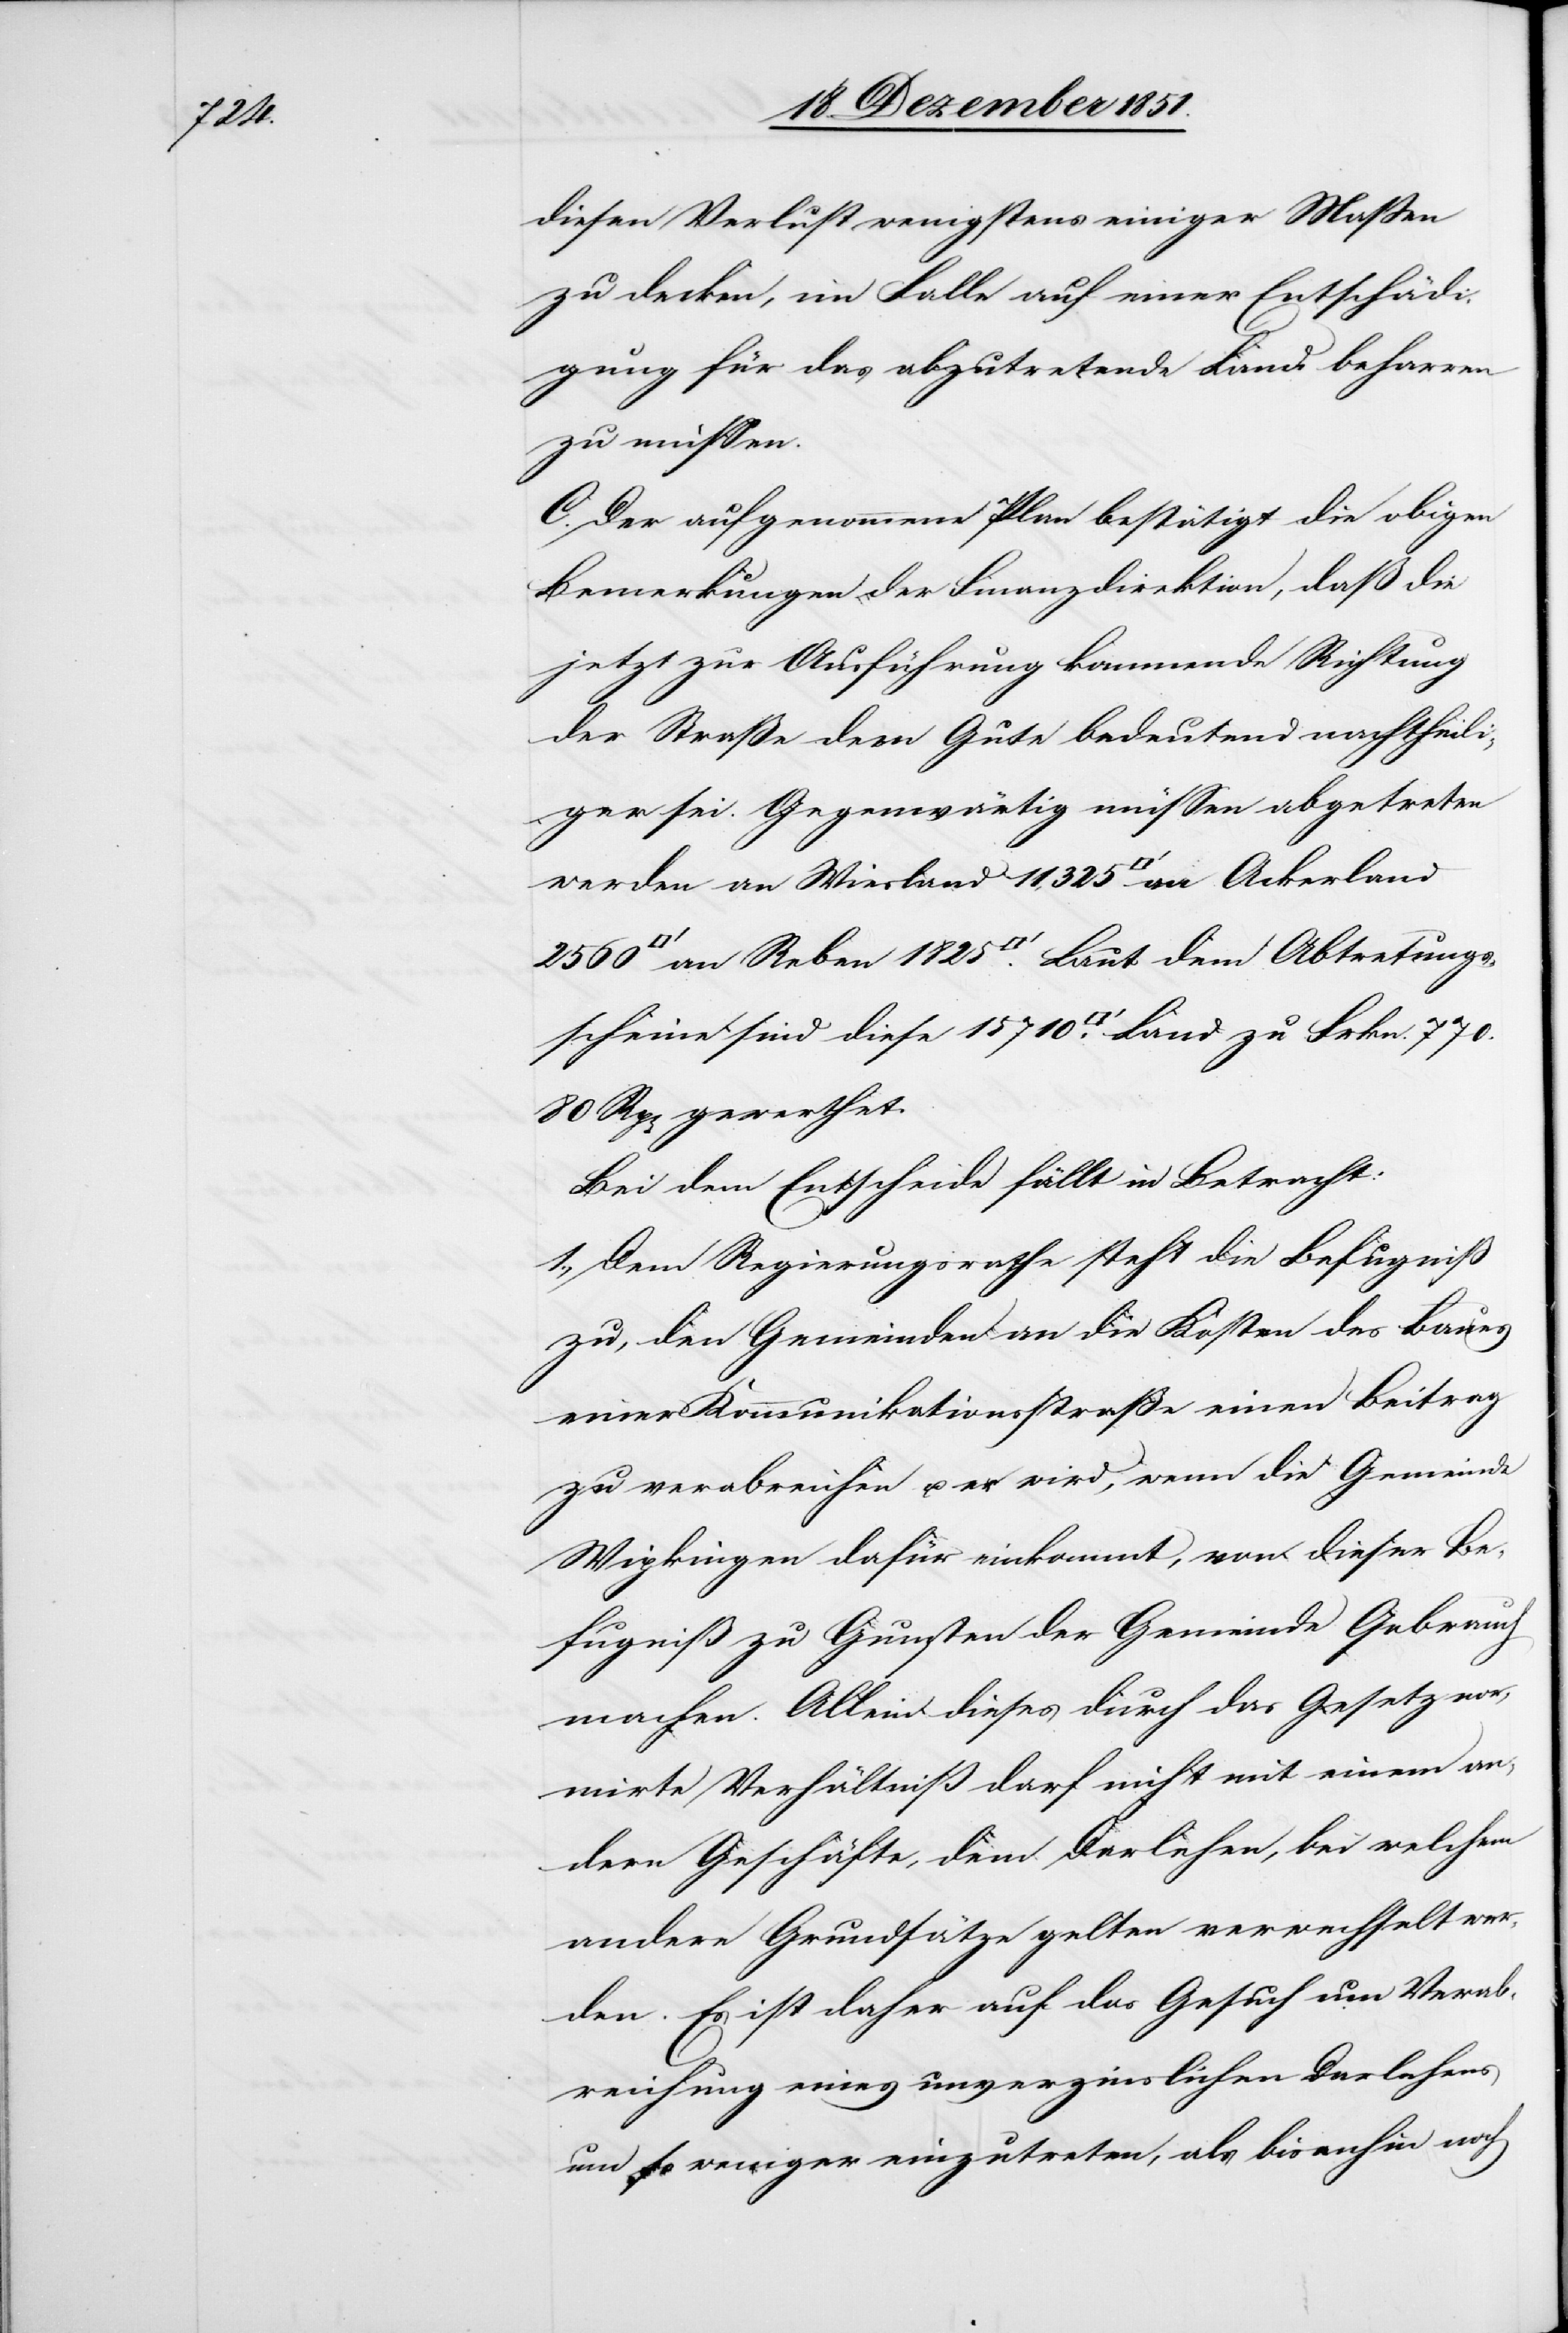
710.

diesen Verlust wenigstens einiger Maßen
zu decken, im Falle auf einer Entschädi¬
gung für das abzutretende Land beharren
zu müssen.
C. Der aufgenommene Plan bestätigt die obigen
Bemerkungen der Finanzdirektion, daß die
jetzt zur Ausführung kommende Richtung
der Straße dem Gute bedeutend nachtheili¬
ger sei. Gegenwärtig müssen abgetreten
werden an Wiesland 11,325 [Quadratfuß][,]
80 Rp[en] gewerthet.
Bei dem Entscheide fällt in Betracht:
1., Dem Regierungsrathe steht die Befugniß
zu, den Gemeinden an die Kosten des Baues
einer Kommunikationsstraße einen Beitrag
zu verabreichen u. er wird, wenn die Gemeinde
Wipkingen dafür einkommt, von dieser Be¬
fugniß zu Gunsten der Gemeinde Gebrauch
machen. Allein dieses durch das Gesetz nor¬
mirte Verhältniß darf nicht mit einem an¬
dern Geschäfte, dem Darlehen, bei welchem
andere Grundsätze gelten verwechselt wer¬
den. Es ist daher auf das Gesuch um Verab¬
reichung eines unverzinslichen Darlehens
um so weniger einzutreten, als bisanhin noch